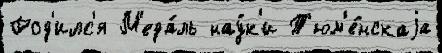
Род'илс'я М'еда́ль нау́к'и Т'юм'е́нскаjа